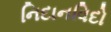
નિદાનવિદો